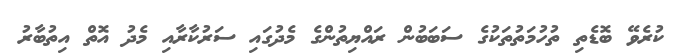
ކުރެވޭ ބޮޑެތި ތުހުމަތުތަކުގެ ސަބަބުން ރައްޔިތުންގެ މެދުގައި ސަރުކާރާއި މެދު އޮތް އިތުބާރު